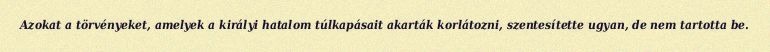
Azokat a törvényeket, amelyek a királyi hatalom túlkapásait akarták korlátozni, szentesítette ugyan, de nem tartotta be.